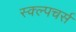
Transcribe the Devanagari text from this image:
स्क्ल्पचर्स